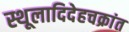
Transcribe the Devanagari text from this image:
स्थूलादिदेहचक्रांत